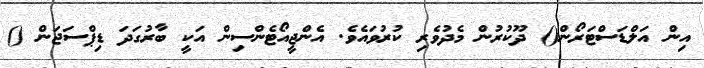
އިން އަލްޑަސްޓަރޯން() ދޫކުރުން މެދުވެރި ކުރުވައެވެ. އެންޖީއޯޓެންސިން އަކީ ބާރުގަދަ ޑިޕްސަޖަން ()